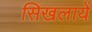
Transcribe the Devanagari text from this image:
सिखलायें